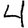
Digit: 4